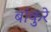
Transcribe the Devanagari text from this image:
बांकुरे